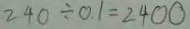
2 4 0 \div 0 . 1 = 2 4 0 0